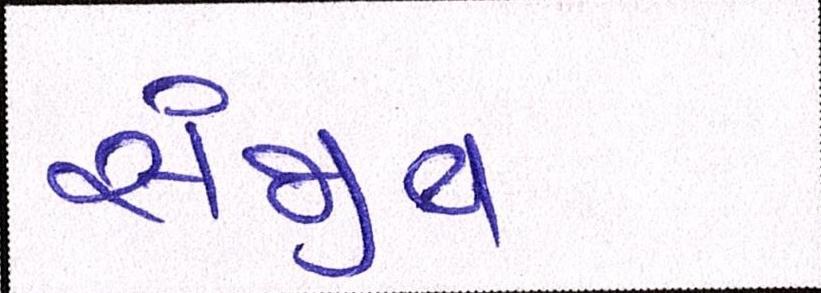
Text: સંજીવ